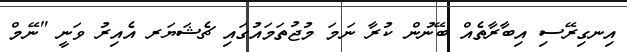
އިނގިރޭސި އިބާރާތެއް ބޭނުން ކުރާ ނަމަ މުޖުތަމައުގައި ޗެޝަޔަރ އެއިރު ވަނީ "ނޭމް